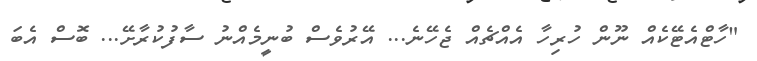
"ހާޓްއެޓޭކެއް ނޫން ހުރިހާ އެއްޗެއް ޖެހޭނެ... އޭރުވެސް ބުނީމެއްނު ސާފުކުރާށޭ... ބޮސް އެބަ